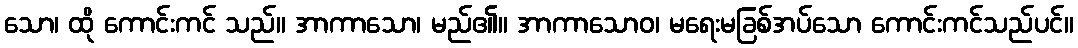
သော၊ ထို ကောင်းကင် သည်။ အာကာသော၊ မည်၏။ အာကာသောဝ၊ မရေးမခြစ်အပ်သော ကောင်းကင်သည်ပင်။